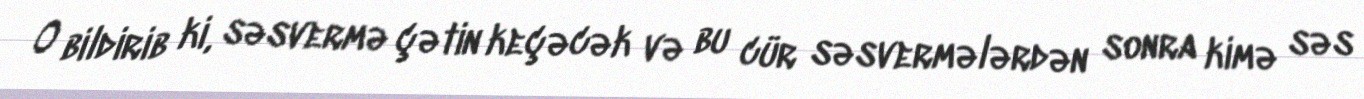
O bildirib ki, səsvermə çətin keçəcək və bu cür səsvermələrdən sonra kimə səs